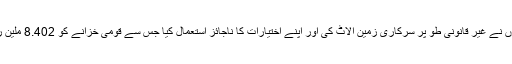
ان پر الزام ہے کہ انہوں نے غیر قانونی طو پر سرکاری زمین الاٹ کی اور اپنے اختیارات کا ناجائز استعمال کیا جس سے قومی خزانے کو 8.402 ملین روپے کا نقصان پہنچا۔